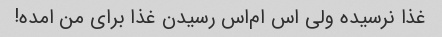
غذا نرسیده ولی اس ام‌اس رسیدن غذا برای من امده!